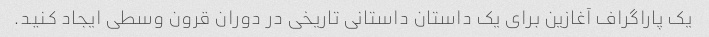
یک پاراگراف آغازین برای یک داستان داستانی تاریخی در دوران قرون وسطی ایجاد کنید.